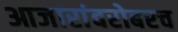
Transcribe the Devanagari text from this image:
आजारांबरोबरच